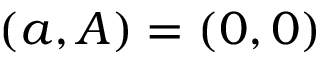
( a , A ) = ( 0 , 0 )